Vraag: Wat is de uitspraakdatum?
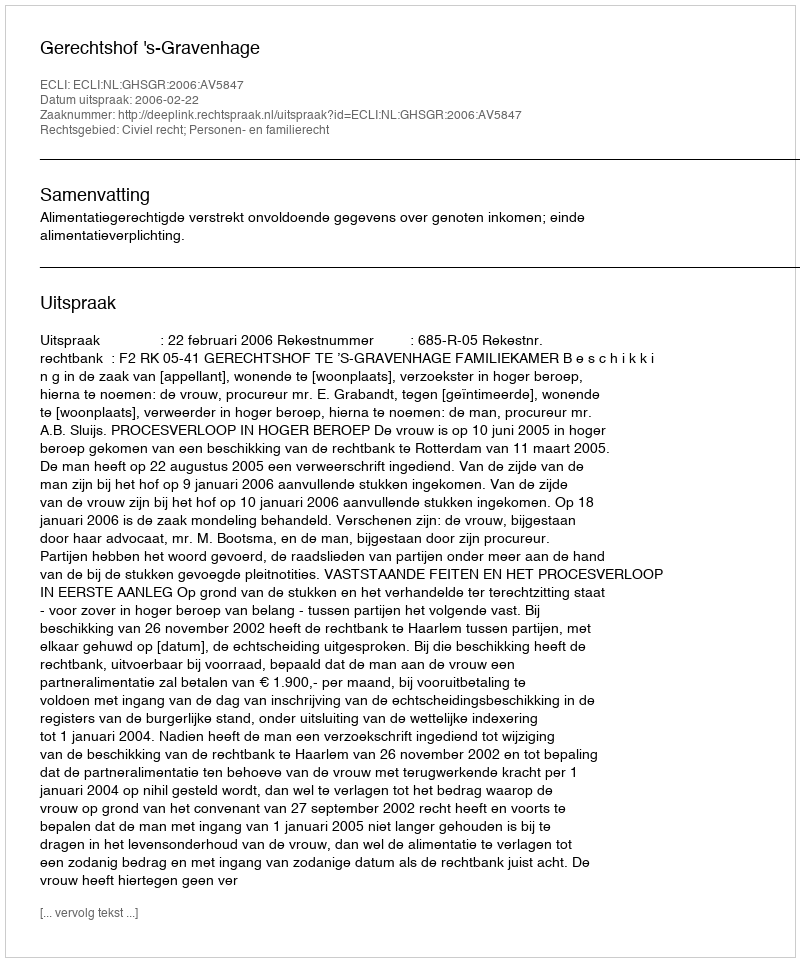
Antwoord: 2006-02-22